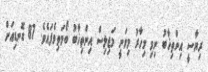
ރިޔާސީ އިންތިޚާބު ނިމި މިހާރު މިވަނީ މަޖިލިސް އިންތިޚާބު ބޯމަތިވެފައެވެ. 87 ގޮނޑިއަށް